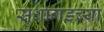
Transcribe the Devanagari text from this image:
सुधागडच्या